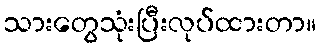
သားတွေသုံးပြီးလုပ်ထားတာ။